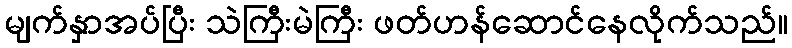
မျက်နှာအပ်ပြီး သဲကြီးမဲကြီး ဖတ်ဟန်ဆောင်နေလိုက်သည်။